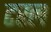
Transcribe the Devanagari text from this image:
टरल